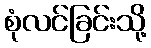
စုံလင်ခြင်းသို့